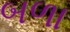
બળા